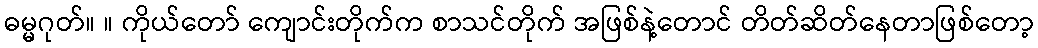
ဓမ္မဂုတ်။ ။ ကိုယ်တော် ကျောင်းတိုက်က စာသင်တိုက် အဖြစ်နဲ့တောင် တိတ်ဆိတ်နေတာဖြစ်တော့